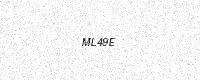
Text: ML49E